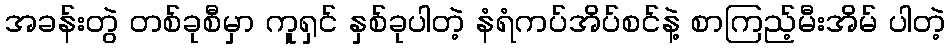
အခန်းတွဲ တစ်ခုစီမှာ ကူရှင် နှစ်ခုပါတဲ့ နံရံကပ်အိပ်စင်နဲ့ စာကြည့်မီးအိမ် ပါတဲ့